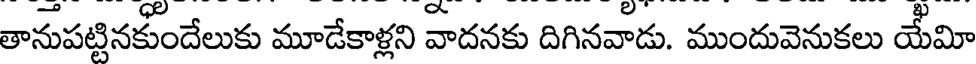
తానుపట్టినకుందేలుకు మూడేకాళ్లని వాదనకు దిగినవాడు. ముందువెనుకలు యేమి